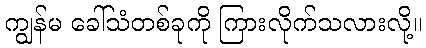
ကျွန်မ ခေါ်သံတစ်ခုကို ကြားလိုက်သလားလို့။